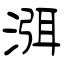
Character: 渳